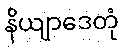
နိယျာဒေတုံ